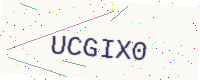
Text: UCGIX0